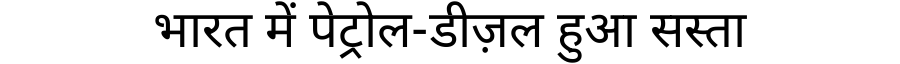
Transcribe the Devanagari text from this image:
भारत में पेट्रोल-डीज़ल हुआ सस्ता